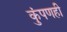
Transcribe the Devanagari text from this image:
कुंपणही